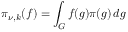
\pi _ { \nu , k } ( f ) = \int _ { G } f ( g ) \pi ( g ) \, d g